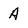
Character: A